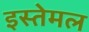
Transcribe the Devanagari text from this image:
इस्तेमल